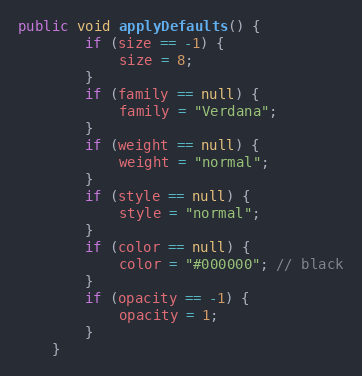
Language: Java
public void applyDefaults() {
		if (size == -1) {
			size = 8;
		}
		if (family == null) {
			family = "Verdana";
		}
		if (weight == null) {
			weight = "normal";
		}
		if (style == null) {
			style = "normal";
		}
		if (color == null) {
			color = "#000000"; // black
		}
		if (opacity == -1) {
			opacity = 1;
		}
	}